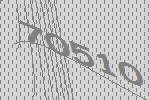
70510